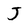
Character: J